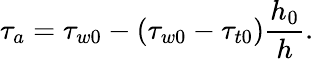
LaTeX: \tau_{a}=\tau_{w0}-(\tau_{w0}-\tau_{t0})\frac{h_{0}}{h}.